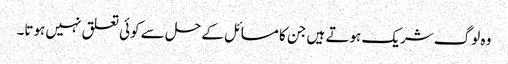
وہ لوگ شریک ہوتے ہیں جن کا مسائل کے حل سے کوئی تعلق نہیں ہوتا۔